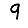
Digit: 9